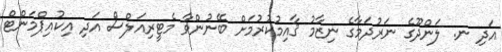
އަދި ނ. ލަންދޫގެ ނަރުދަމާގެ ނިޒާމު ޤާއިމުކުރުމަށް ބޭނުންވާ މެޓީރިއަލްސް އަދި އިކުއިޕްމަންޓް